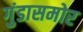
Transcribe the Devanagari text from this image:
गुंडासमोर